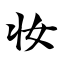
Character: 妆